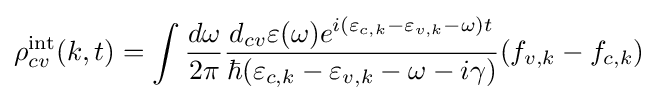
\rho _{cv}^{\mathop {\rm {int}} }(k,t)=\int {{\frac {d\omega }{2\pi }}{\frac {d_{cv}\varepsilon (\omega )e^{i(\varepsilon _{c,k}-\varepsilon _{v,k}-\omega )t}}{\hbar (\varepsilon _{c,k}-\varepsilon _{v,k}-\omega -i\gamma )}}(f_{v,k}-f_{c,k})}